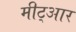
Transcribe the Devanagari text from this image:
मीट्आर